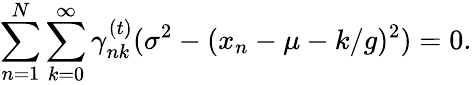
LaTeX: \sum_{n=1}^{N}\sum_{k=0}^{\infty}\gamma_{nk}^{(t)}(\sigma^{2}-(x_{n}-\mu-k/g)^{2})=0.